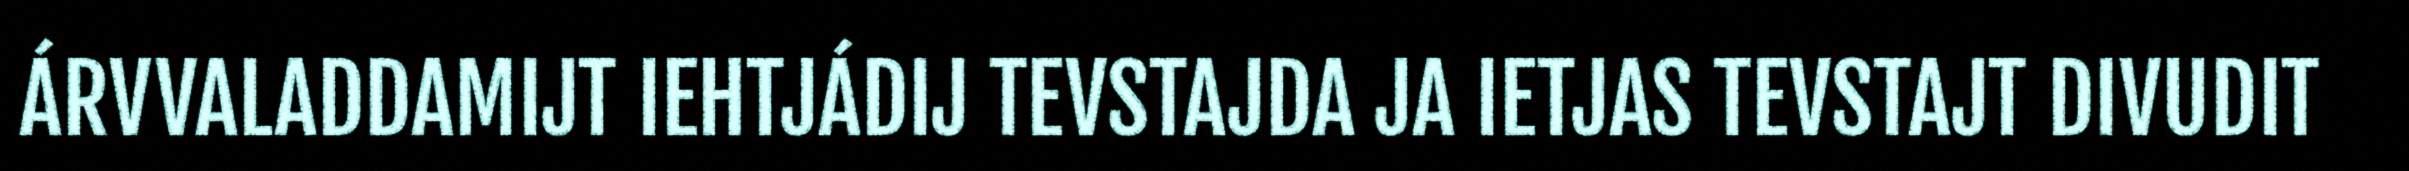
ÁRVVALADDAMIJT IEHTJÁDIJ TEVSTAJDA JA IETJAS TEVSTAJT DIVUDIT